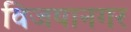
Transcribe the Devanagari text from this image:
विजयानगर